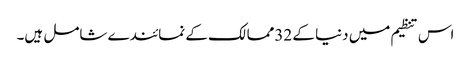
اس تنظیم میں دنیا کے 32ممالک کے نمائندے شامل ہیں۔